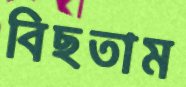
বিছতাম